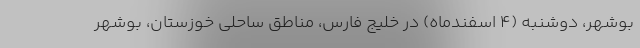
بوشهر، دوشنبه (۴ اسفندماه) در خلیج فارس، مناطق ساحلی خوزستان، بوشهر